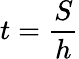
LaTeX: t=\frac{S}{h}